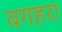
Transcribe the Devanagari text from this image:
वगहरा